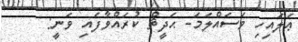
ޢަލައިހި ވަސައްލަމަ- ޙަދީޘް ކުރައްވާފައި ވަނީ: